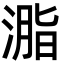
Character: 㴯